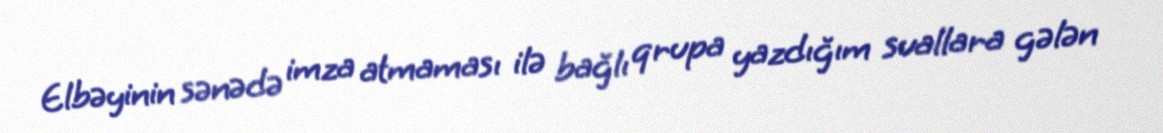
Elbəyinin sənədə imza atmaması ilə bağlı qrupa yazdığım suallara gələn